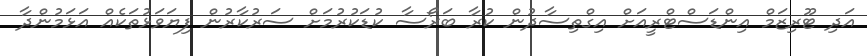
އަދި ޓޫރިޒަމް އިންޑަސްޓްރީއަށް އިގްތިސާދުން ކުރާ ބަރޯސާ ކުޑަކުރުމަށް ސަރުކާރުން ފިޔަވަޅުތަކެއް އަޅަމުންދާ